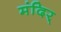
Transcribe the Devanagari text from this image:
मंदिर्